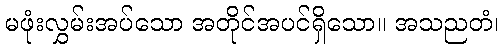
မဖုံးလွှမ်းအပ်သော အတိုင်အပင်ရှိသော။ အသညတံ၊